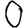
Digit: 0